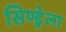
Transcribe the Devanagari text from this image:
सिण्ड्रेला